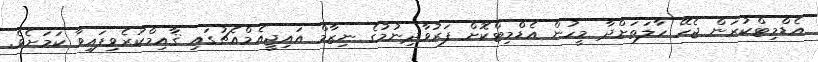
އެޑްމިޓްކުރަން ޖެހޭ ހާލަތަށްދާ މީހުން އެޑްމިޓްކޮށް ފަރުވާދިނުމުގެ ނިޒާމް އައިޖީއެމްއެޗުގައި ޤާއިމްކުރެވިފައިވާ ކަމަށެވެ.